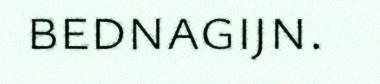
bednagijn.